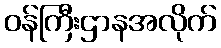
ဝန်ကြီးဌာနအလိုက်